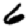
Digit: 6